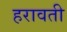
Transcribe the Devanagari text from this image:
हरावती